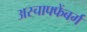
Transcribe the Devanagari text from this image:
अस्चाफ्फेंबर्ग